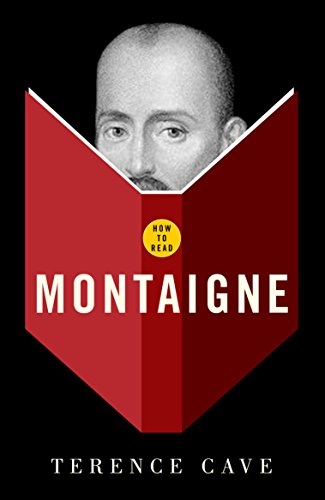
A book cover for How To Read Montaigne; Terence Cave; Politics & Social Sciences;